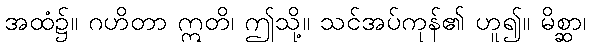
အထံ၌။ ဂဟိတာ ဣတိ၊ ဤသို့။ သင်အပ်ကုန်၏ ဟူ၍။ မိစ္ဆာ၊